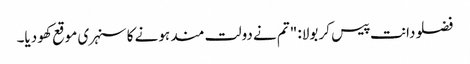
فضلو دانت پیس کر بولا: "تم نے دولت مند ہونے کا سنہری موقع کھو دیا۔